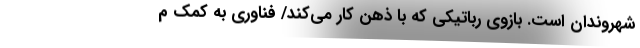
شهروندان است. بازوی رباتیکی که با ذهن کار می‌کند/ فناوری به کمک م